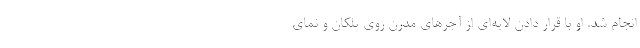
انجام شد. او با قرار دادن لایه‌ای از آجرهای مدرن روی پلکان و نمای